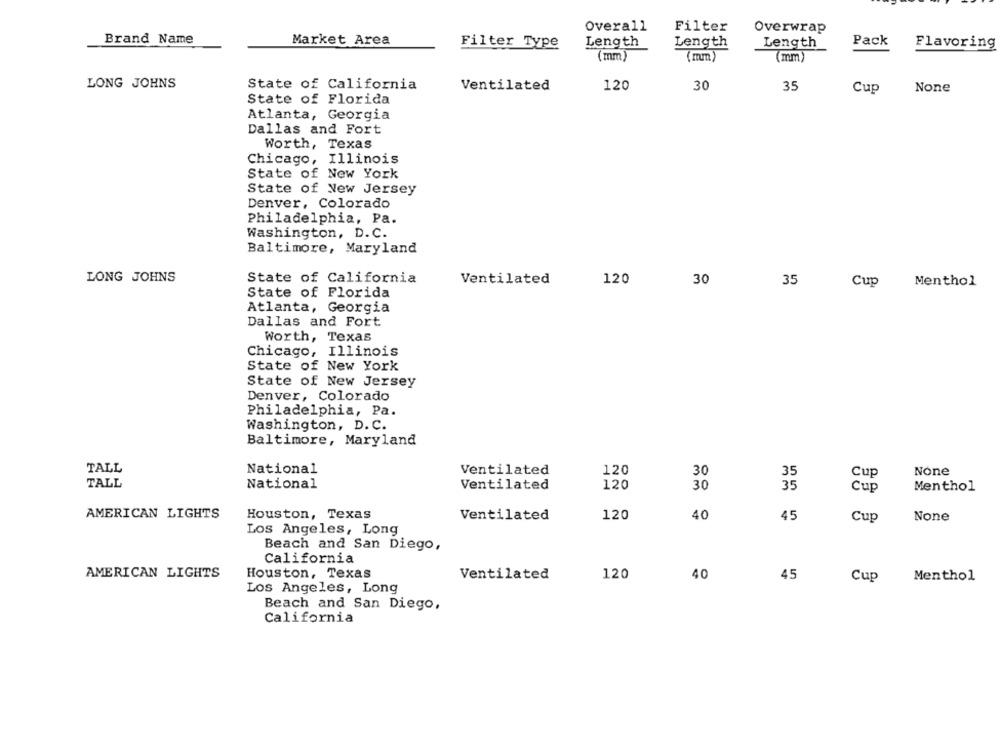
Overall
Filter
Overwrap
Brand Name
Market Area
Filter Type
Length
Length
Length
Pack
Flavoring
(mm)
(mm
LONG JOHNS
State of California
Ventilated
120
30
35
Cup
State of Florida
Atlanta, Georgia
Dallas and Fort
Worth, Texas
Chicago, Illinois
State of New York
State of New Jersey
Denver, Colorado
Philadelphia, Pa.
Washington, D. C.
Baltimore, Maryland
State of California
LONG JOHNS
Ventilated
120
30
35
Cup
Menthol
State of Florida
Atlanta, Georgia
Dallas and Fort
Worth, Texas
Chicago, Illinois
State of New York
State of New Jersey
Denver, Colorado
Philadelphia, Pa.
Washington, D. C.
Baltimore, Maryland
TALL
National
Ventilated
120
30
35
Cup
TALL
National
Ventilated
120
30
35
Menthol
Cup
AMERICAN LIGHTS
Houston, Texas
Ventilated
120
40
45
Cup
Los Angeles, Long
Beach and San Diego,
California
AMERICAN LIGHTS
Houston, Texas
Ventilated
120
40
45
Cup
Menthol
Los Angeles, Long
Beach and San Diego,
California